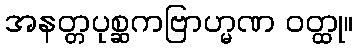
အနတ္တပုစ္ဆကဗြာဟ္မဏ ဝတ္ထု။